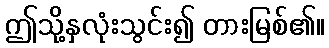
ဤသို့နှလုံးသွင်း၍ တားမြစ်၏။